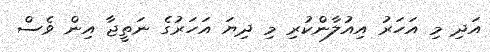
އަދި މި އަހަރު އިއުލާންކުރި މި ދިޔަ އަހަރުގެ ނަތީޖާ އިން ވެސް